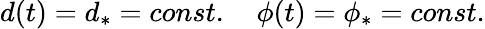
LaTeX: d(t)=d_{\ast}=const.\quad\phi(t)=\phi_{\ast}=const.